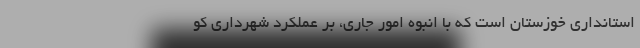
استانداری خوزستان است که با انبوه امور جاری، بر عملکرد شهرداری کو